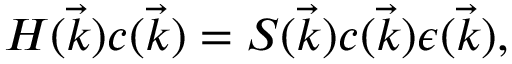
H ( \vec { k } ) c ( \vec { k } ) = S ( \vec { k } ) c ( \vec { k } ) \epsilon ( \vec { k } ) ,